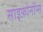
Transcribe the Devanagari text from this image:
साइफ़ोनॉप्स